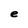
Character: e